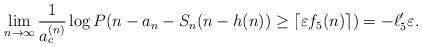
LaTeX: \begin{align*}\lim_{n\to\infty}\frac{1}{a_c^{(n)}}\log P(n-a_n-S_n(n-h(n))\geq\lceil\varepsilon f_5(n)\rceil)=-\ell_5'\varepsilon.\end{align*}